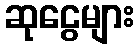
ဆုငွေများ